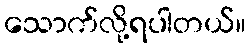
သောက်လို့ရပါတယ်။